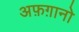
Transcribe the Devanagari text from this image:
अफ़ग़ानो